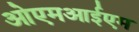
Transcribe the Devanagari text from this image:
ओएमआईएम